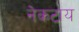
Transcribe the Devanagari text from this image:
नेकटाय